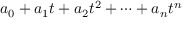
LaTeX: a _ { 0 } + a _ { 1 } t + a _ { 2 } t ^ { 2 } + \cdots + a _ { n } t ^ { n }